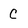
Character: c